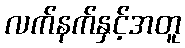
လက်နက်နှင့်အတူ